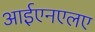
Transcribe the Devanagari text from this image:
आईएनएलए